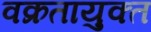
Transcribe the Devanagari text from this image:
वक्रतायुक्त